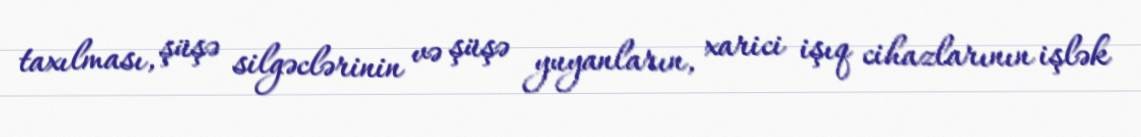
taxılması, şüşə silgəclərinin və şüşə yuyanların, xarici işıq cihazlarının işlək